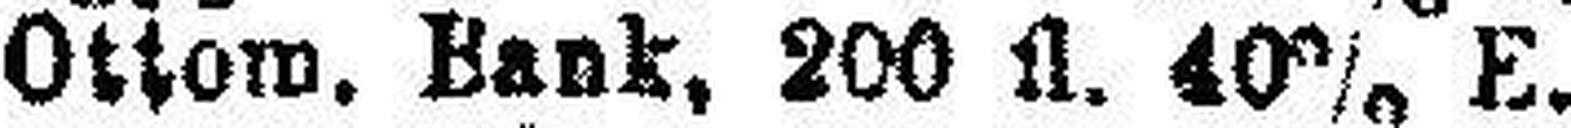
„ Ottom. Bank, 200 fl. 40% E.